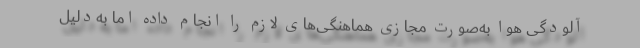
آلودگی هوا به‌صورت مجازی هماهنگی‌های لازم را انجام داده اما به‌دلیل